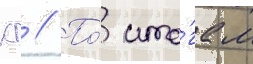
кг // По́ ито́гам